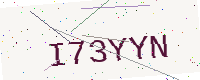
Text: I73YYN